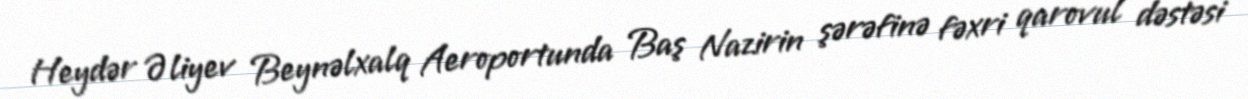
Heydər Əliyev Beynəlxalq Aeroportunda Baş Nazirin şərəfinə fəxri qarovul dəstəsi